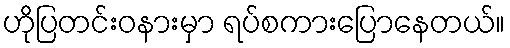
ဟိုပြတင်းဝနားမှာ ရပ်စကားပြောနေတယ်။